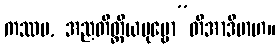
ကဿပ, အညတိတ္ထိယပုဗ္ဗော”တိအာဒိမာဟ။